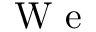
\textrm { W e }